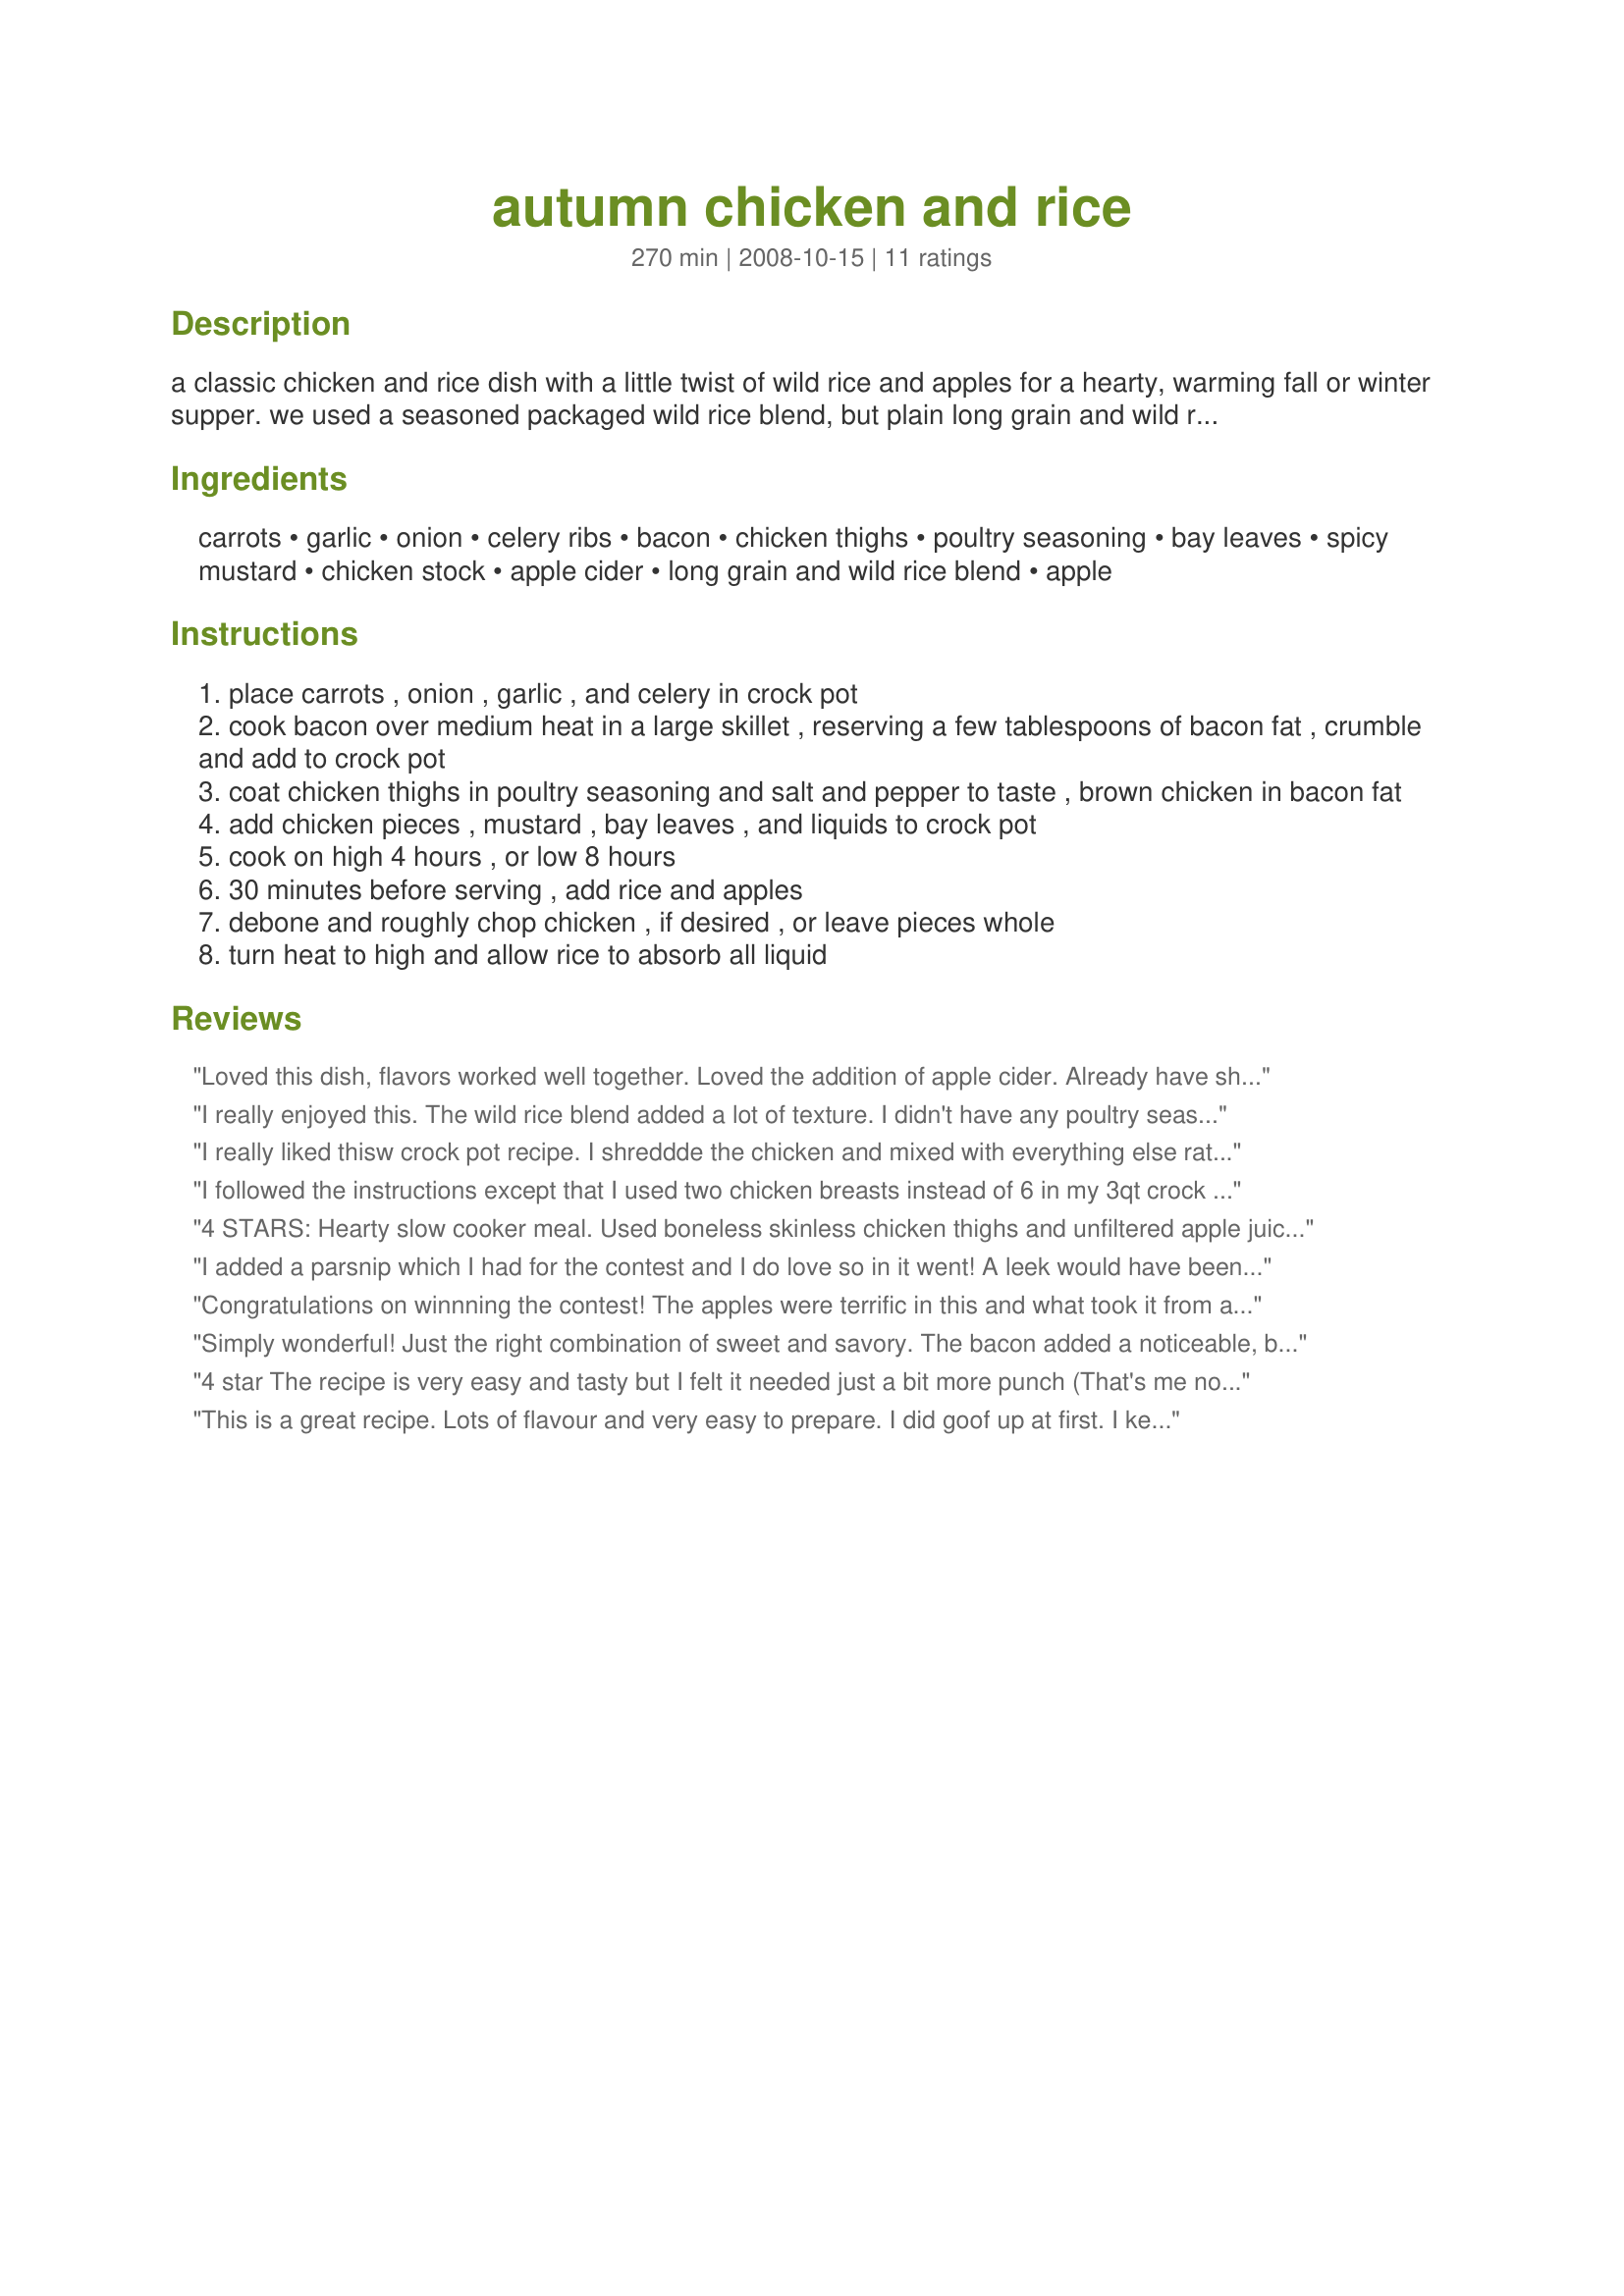
autumn chicken and rice
Preparation time: 270 minutes

a classic chicken and rice dish with a little twist of wild rice and apples for a hearty, warming fall or winter supper. we used a seasoned packaged wild rice blend, but plain long grain and wild rice should work fine. if you're using plain, you may want to adjust your seasonings slightly, as your salt content will be lower.

Ingredients:
carrots, garlic, onion, celery ribs, bacon, chicken thighs, poultry seasoning, bay leaves, spicy mustard, chicken stock, apple cider, long grain and wild rice blend, apple

Steps:
place carrots , onion , garlic , and celery in crock pot
cook bacon over medium heat in a large skillet , reserving a few tablespoons of bacon fat , crumble and add to crock pot
coat chicken thighs in poultry seasoning and salt and pepper to taste , brown chicken in bacon fat
add chicken pieces , mustard , bay leaves , and liquids to crock pot
cook on high 4 hours , or low 8 hours
30 minutes before serving , add rice and apples
debone and roughly chop chicken , if desired , or leave pieces whole
turn heat to high and allow rice to absorb all liquid

Reviews:
Loved this dish, flavors worked well together. Loved the addition of apple cider. Already have shared recipes with relatives. Will make again.
I really enjoyed this.
The wild rice blend added a lot of texture.
I didn't have any poultry seasoning on hand so I used a pinch of basil, a pinch of thyme and some herbed sea salt blend.
Also added a little squirt of Frank's hot sauce (because I personally like a little heat in most any soup or stew-like mixture).
I know I will make this again.
Next time I will de-bone the chicken thighs before serving to make it easier to eat.
Thanks for posting and congrats on
coming up with a winner!!!!
I really liked thisw crock pot recipe. I shreddde the chicken and mixed with everything else rather then keeping it on the bone. I had a couple sweet potatoes I needed to use up, so I put those in place of the carrots. A little tip, I left it in the crock on low after I ate while waiting for my fiance to get home after working late, and the rice soaked up a ton of liquid. I think it was beter before it soaked all this up. But it is super tasty!!!
I followed the instructions except that I used two chicken breasts instead of 6 in my 3qt crock pot.
I used a can cream of mushroom soup and a can of cream of chicken and mushroom soup.
The recipe was very salty. If I were to make this recipe again I would probably eliminate the sodium rich dry onion soup and use low sodium condensed soups but I really don&#039;t think I will make this again.
4 STARS: Hearty slow cooker meal. Used boneless skinless chicken thighs and unfiltered apple juice. Also used the seasoning packet in the rice. The apple flavor was subtle and wished it were a little more prominent, but enjoyed this for dinner. Thanks.
I added a parsnip which I had for the contest and I do love so in it went! A leek would have been fabulous in this as well! Being one of the ingredients. 
I skipped the bacon and glad I did because the chicken released a good amount of fat and even more flavor! I used 5 chicken legs with thighs which I coated with my version of poultry seasoning, dried sage, thyme, paprika, lavender, and rosemary. Using 2 tablespoons of it. Loaded on the fresh crack black pepper. Apples didn`t come through in this. Some apple Korn liquor drizzled at the end of cooking is yummy! 
Package long grain and wild rice blend? I do wish a brand was listed. Which Lindberg, Uncle Ben`s,Vigo Long Grain and White Wild Rice,...... Some are just rice and wild rice while others have spices and herbs. I just mixed 4 ounces wild rice and 4 ounces long grain brown rice. And took much longer to cook. At least 1 hour. I did the 4 hour high cooking. I did remove the chicken cooled slightly to remove skin and bones. WE LOVED THIS!!!!! 
Ok sorry if I did some changes but I cook to what we like. And we liked this! A LOT! Thanks for the comfort food!
Congratulations on winnning the contest! The apples were terrific in this and what took it from a basic recipe to something special. I wasn't sure if I was supposed to use the seasoning packet that came with the rice so I did, which added most of the flavor. There was a lot of liquid so next time I would reduce it to one or two cups total instead of three. My chicken was done a lot earlier than four hours because my crockpot cooks hot. Way to go winner!
Simply wonderful! Just the right combination of sweet and savory. The bacon added a noticeable, but not overpowering, touch that was perfect. We prefer white meat to dark, so I used 5 small/average-sized chicken breasts, which I cut into thirds before browning in the bacon fat. As for the rice, I used an unseasoned basmati-wild rice blend, which worked great except that I had to guess a little on the amount -- I had a partial 16 oz bag, so I gave a rough estimate on what 8 oz would be... clearly I could have added more, since there was still some liquid in the pot at the end of the cooking time. No biggie, though. It was still eagerly devoured. :) My fiance has already asked me to make this again! Thanks for sharing a great recipe.
4 star The recipe is very easy and tasty but I felt it needed just a bit more punch (That's me not everyone else). The instructions were clear except for saving some of the bacon drippings to brown the chicken. I loved the apple in the recipe and to add it near the end.. Good luck in the contest. I enjoyed my dinner
This is a great recipe. Lots of flavour and very easy to prepare. I did goof up at first. I keep my rice in a large container, so when it came to measure out 8oz, I'd forgotten that that was 'weight', which makes a big difference :). No problem, I just added some more and it all worked out well. I'll make this again for sure. Made for Category Craze-E Contest.
This smelled awesome when it was cooking. I did have a little trouble getting my rice done, but that could have been because I used a rice blend instead of the wild rice mix that doesn't work because of food allergies. The flavor of this was excellent and I would most definitely make this again because its a great fall dish and very comforting. However, the six servings are not very large.
